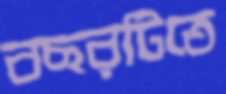
বছরটিতে